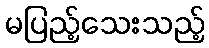
မပြည့်သေးသည့်